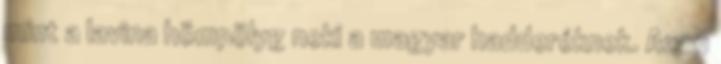
mint a lavina hömpölyg neki a magyar hadderéknek. Azon